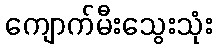
ကျောက်မီးသွေးသုံး